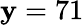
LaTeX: \mathbf{y}=71